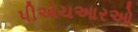
પીએચઆરઓ